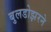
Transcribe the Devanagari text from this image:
बुलडोझरने